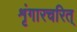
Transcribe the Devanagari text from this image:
शृंगारचरित्